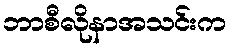
ဘာစီလိုနာအသင်းက